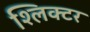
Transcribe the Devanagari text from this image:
श्लिक्टर